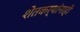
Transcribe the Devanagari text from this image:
शेतकर्यांनाही